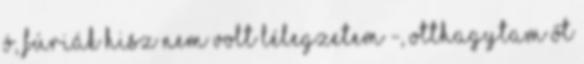
ó, fúriák hisz nem volt lélegzetem -, otthagytam őt